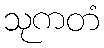
သုကတံ